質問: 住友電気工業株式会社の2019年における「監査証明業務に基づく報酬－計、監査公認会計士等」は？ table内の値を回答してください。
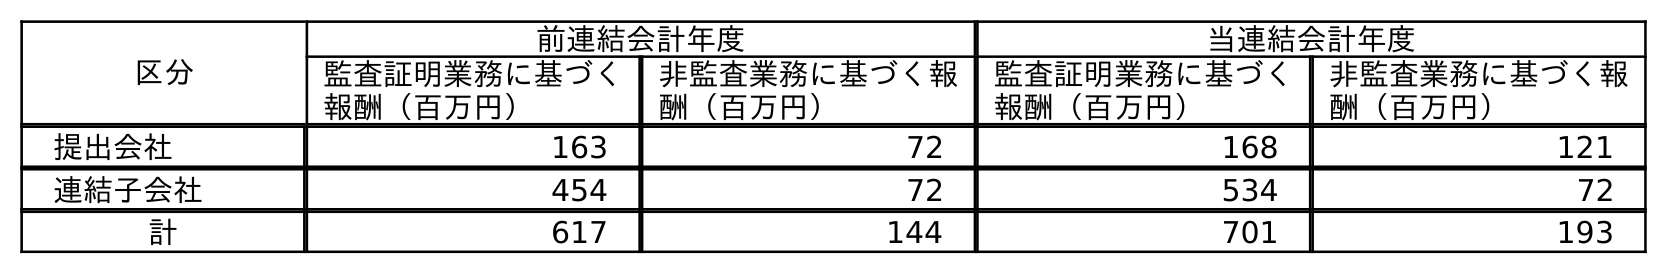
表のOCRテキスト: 区分 前連結会計年度 当連結会計年度 監査証明業務に基づく 報酬（百万円） 非監査業務に基づく報 酬（百万円） 監査証明業務に基づく 報酬（百万円） 非監査業務に基づく報 酬（百万円） 提出会社 163 72 168 121 連結子会社 454 72 534 72 計 617 144 701 193
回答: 617